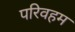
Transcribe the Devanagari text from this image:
परिवहम